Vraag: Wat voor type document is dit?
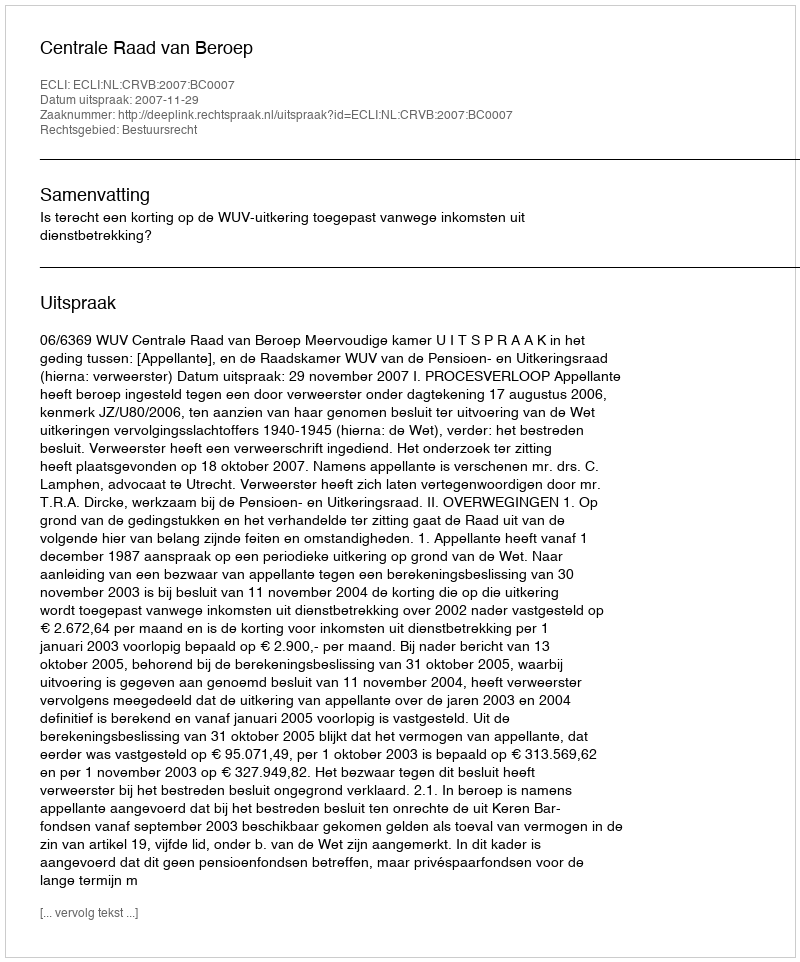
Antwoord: Uitspraak